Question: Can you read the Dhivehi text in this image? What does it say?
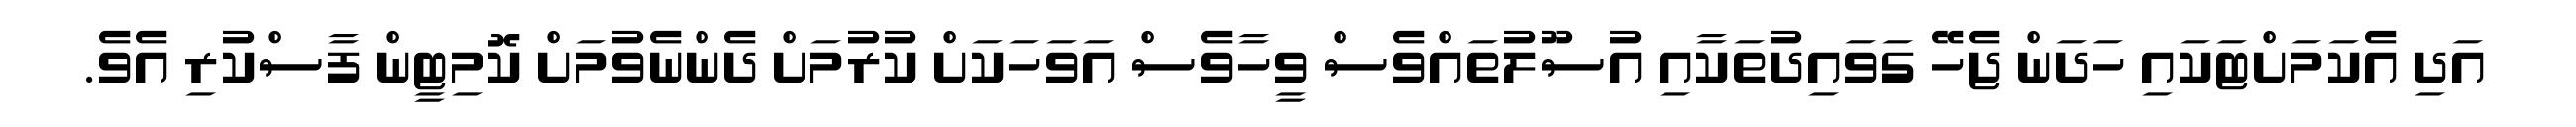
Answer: އަދި އެކަމަށްޓަކައި ހަދަން ޖެހޭ ގަވައިދުތަކާއި އުސޫލުތައްވެސް ވީހާވެސް އަވަހަކަށް ކުރުމަށް ދެންނެވުމަށް ކޮމިޓީން ފާސްކުރި އެވެ.